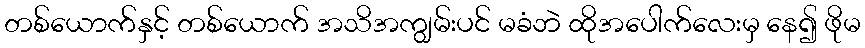
တစ်ယောက်နှင့် တစ်ယောက် အသိအကျွမ်းပင် မခံဘဲ ထိုအပေါက်လေးမှ နေ၍ ဖိုမ